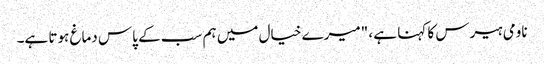
ناومی ہیرس کا کہنا ہے ، "میرے خیال میں ہم سب کے پاس دماغ ہوتا ہے۔